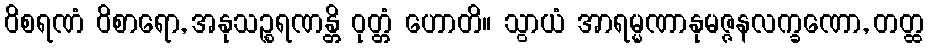
ဝိစရဏံ ဝိစာရော, အနုသဉ္စရဏန္တိ ဝုတ္တံ ဟောတိ။ သွာယံ အာရမ္မဏာနုမဇ္ဇနလက္ခဏော, တတ္ထ